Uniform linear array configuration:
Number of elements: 64
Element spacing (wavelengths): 0.75
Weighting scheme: uniform
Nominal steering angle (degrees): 45
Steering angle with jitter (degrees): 46.148
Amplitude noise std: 0.05
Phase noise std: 0.05

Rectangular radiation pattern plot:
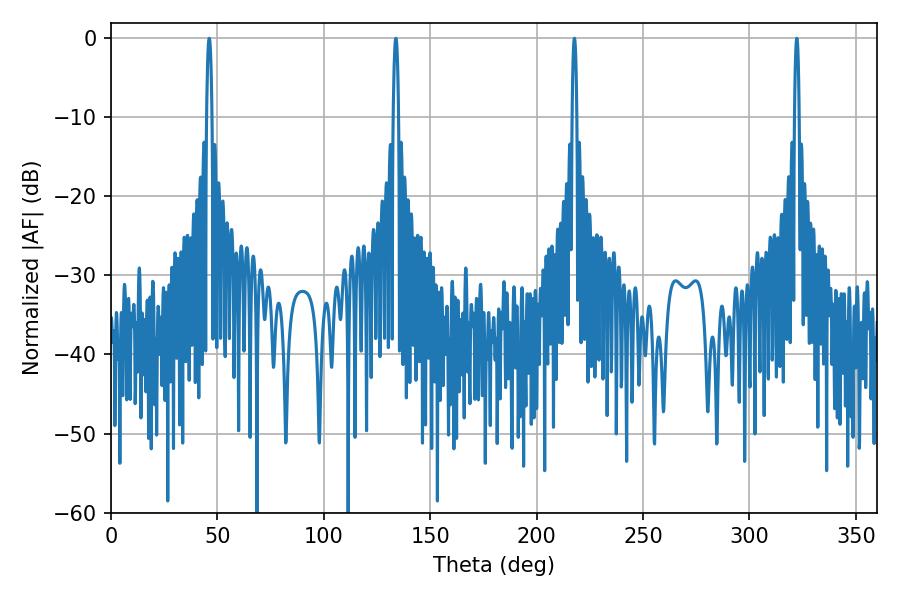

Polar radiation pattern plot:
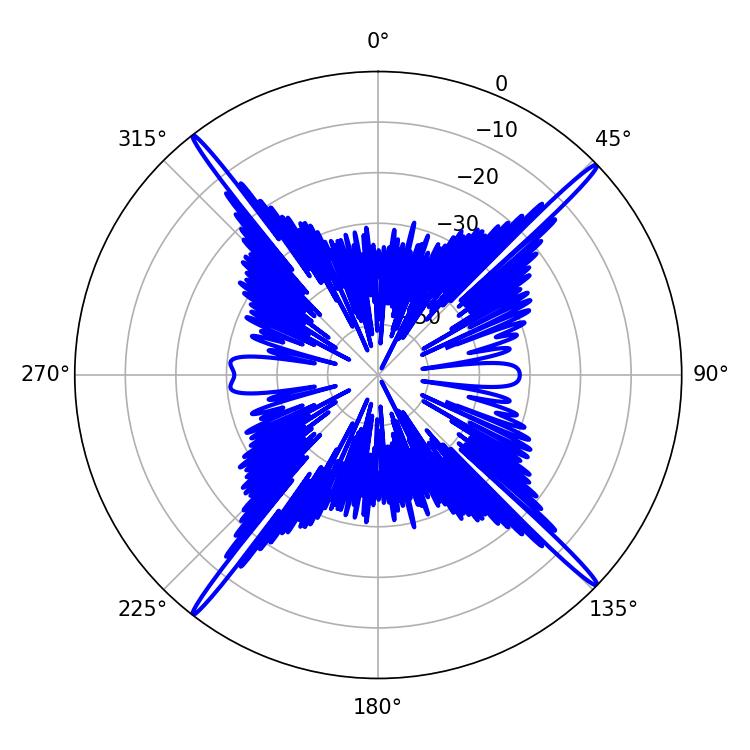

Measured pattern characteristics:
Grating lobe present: TRUE
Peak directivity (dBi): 22.602
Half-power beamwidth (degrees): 1.08
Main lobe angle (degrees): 322.2